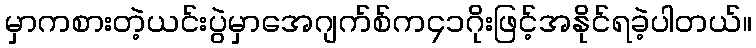
မှာကစားတဲ့ယင်းပွဲမှာအေဂျက်စ်က၄၁ဂိုးဖြင့်အနိုင်ရခဲ့ပါတယ်။